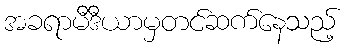
အခရာမီဒီယာမှတင်ဆက်နေသည့်